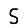
Digit: 5